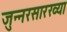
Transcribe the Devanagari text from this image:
जुन्नरसारख्या